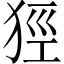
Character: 㹵